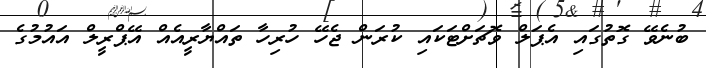
ބުނެވޭ ގޮތުގައި އެޕަލް ވޮޗަށްޓަކައި ކުރަން ޖެހޭ ހުރިހާ ތައްޔާރީއެއް އޭޕްރީލް އައުމުގެ